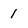
Character: 1